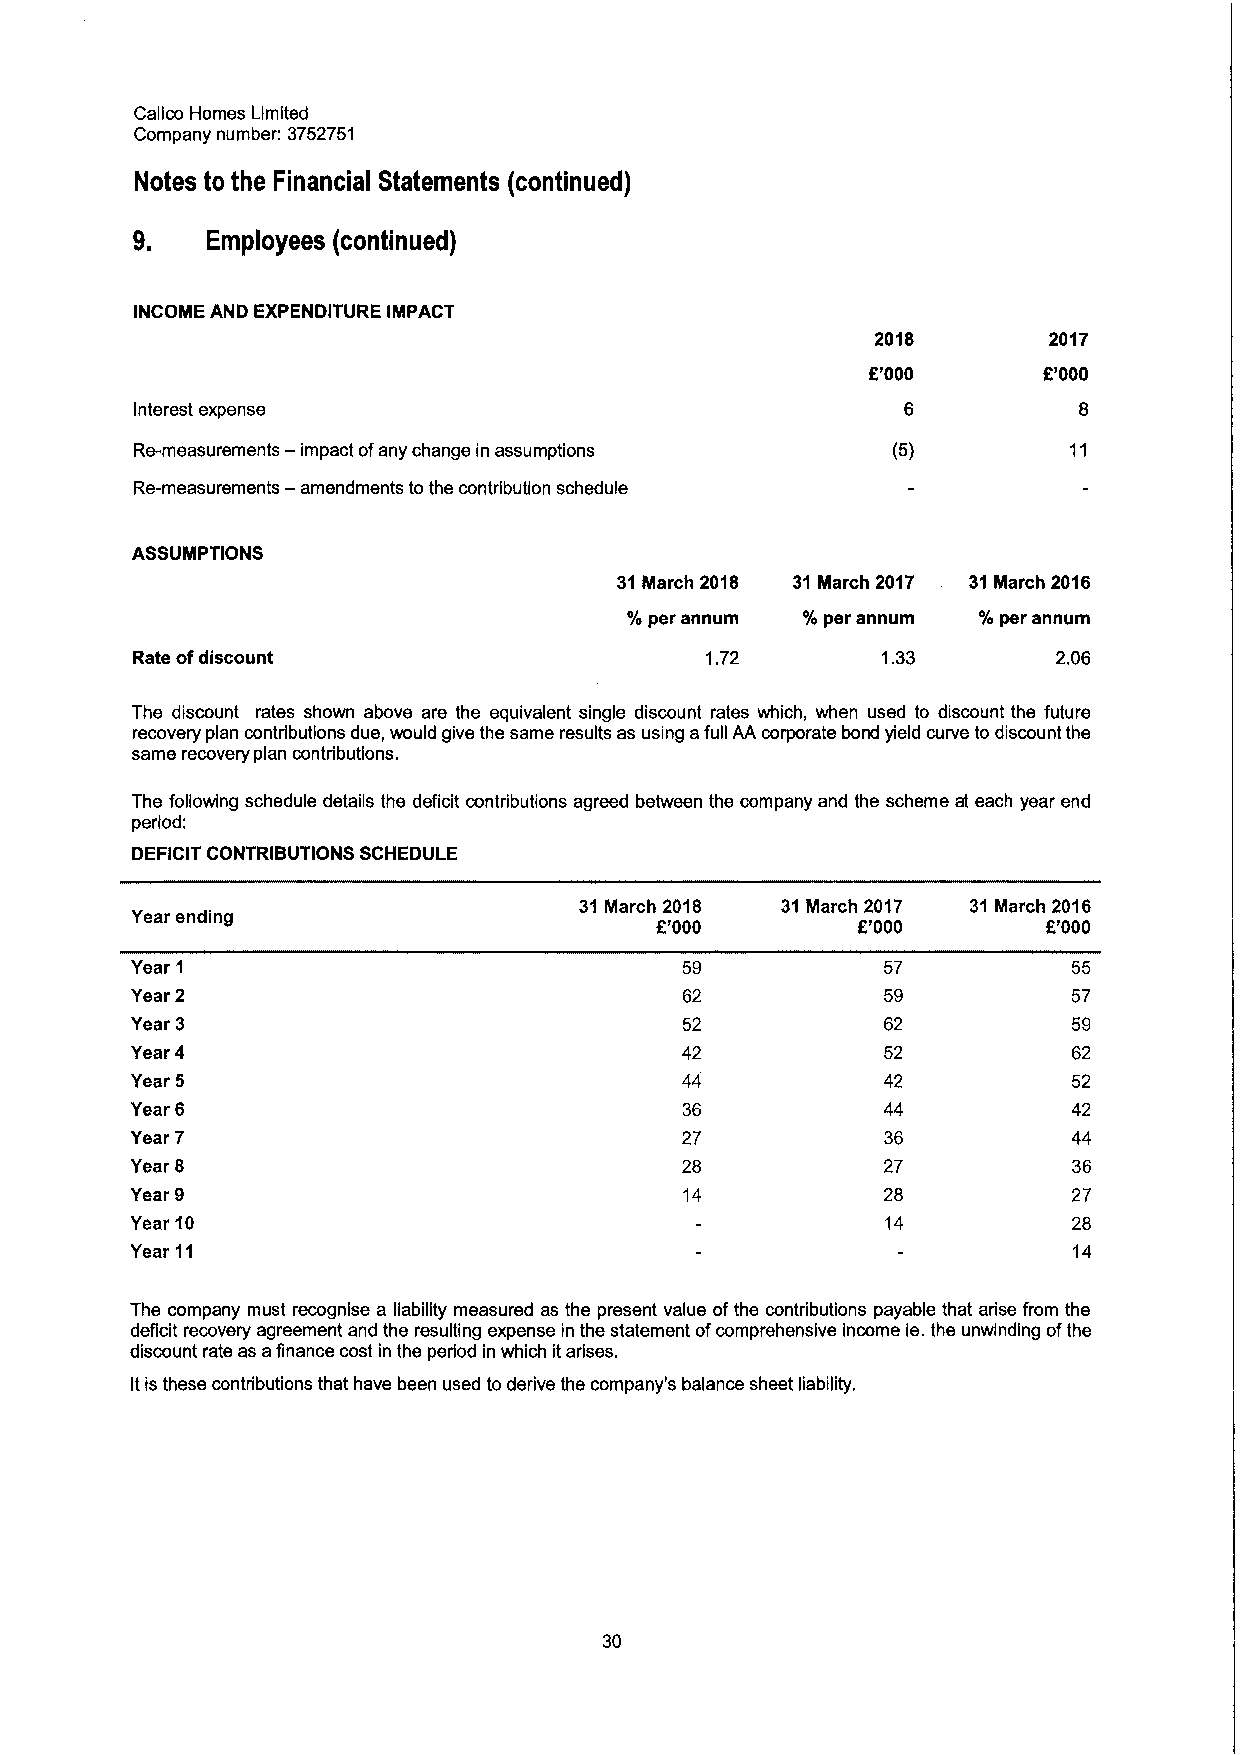
Calico Homes Limited
 Company number: 3752751
 Notes to the Financial Statements (continued)
 9.   Employees (continued)
 INCOME AND EXPENDITURE IMPACT
 2018       2017
 K'000       R'000
 Interest expense
 —
 Re-measurements impact ofany change in assumptions (5)
 Re-measurements — amendments to the contribution schedule
 ASSUMPTIONS
 31March 2018 31March 2017 31March 2016
 %per annum  %per annum  %per annum
 Rate ofdiscount                       1.72       1.33        2.06
 The discount rates shown above are the equivalent single discount rates which, when used to discount the future
 recovery plan contributions due, would give the same results as using afull AA corporate bond yield curve to discount the
 same recovery plan contributions.
 The following schedule details the deficit contributions agreed between the company and the scheme at each year end
 period:
 DEFICIT' CONTRIBUTIONS SCHEDULE
 31 March 2018 31March 2017 31March 2016
 Year ending
 Z'000         f.'000      E'000
 Year 1                              59           57           55
 Year 2                              62           59           57
 Year 3                              52           62           59
 Year 4                              42           52           62
 Year 5                              44           42           52
 Year 6                              36           44           42
 Year 7                              27           36           44
 Year 8                              28           27           36
 Year 9                              14           28           27
 Year 10                                           14          28
 Year 11                                                       14
 The company must recognise a liability measured as the present value ofthe contributions payable that arise from the
 deficit recovery agreement and the resulting expense in the statement ofcomprehensive income ie.the unwinding ofthe
 discount rate as afinance cost in the period in which itarises.
 Itis these contributions that have been used to derive the company's balance sheet liability.
 30